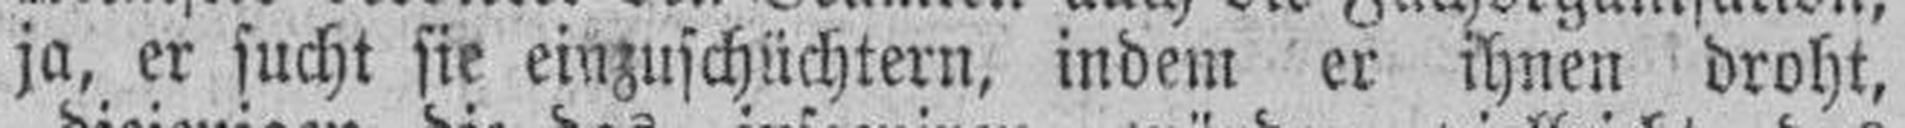
ja, er sucht sie einzuschüchtern, indem er ihnen droht,